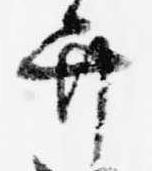
弁